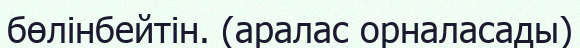
бөлінбейтін. (аралас орналасады)